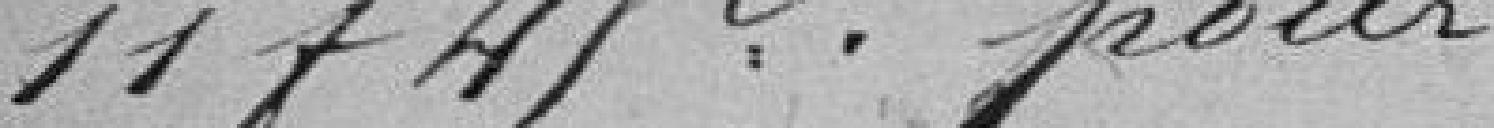
11 francs 45 centimes pour